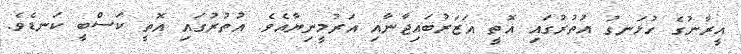
އީރާނުގެ ހުޅަނގު އުތުރުގައި އޮތީ އަޒަރުބައިޖާނާއި އަރުމީނިޔާއެވެ. އުތުރުގައި އޮތީ ކަސްބީ ކަނޑެވެ.